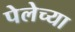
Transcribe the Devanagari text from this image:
पेलेच्या